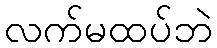
လက်မထပ်ဘဲ